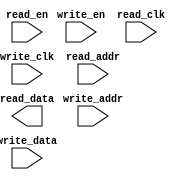
//dual_port_ram.v by Shaoxiong on 2022_4_2
//Dual Port RAM module
//Dual Port ==> write & read ports

module DUAL_PORT_RAM # (
    parameter RAM_WIDTH = 8,    //width of the RAM
    parameter RAM_DEPTH = 256,  //depth of the RAM
    parameter ADDR_WIDTH = 8    //data address
)(
    input                               write_clk,
    input                               write_en,
    input           [ADDR_WIDTH-1:0]    write_addr,
    input           [RAM_WIDTH -1:0]    write_data,

    input                               read_clk,
    input                               read_en,
    input           [ADDR_WIDTH-1:0]    read_addr,
    output  reg     [RAM_WIDTH -1:0]    read_data     
);
//RAM define
reg [RAM_WIDTH -1:0] RAM [RAM_DEPTH -1:0];

always@ (posedge write_clk) begin
    if (write_en) begin
        RAM[write_addr] <= write_data;
    end
end

always@ (posedge read_clk) begin
    if (read_en) begin
        RAM[read_addr] <= read_data;
    end
end
endmodule//end